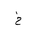
Letter: _kha